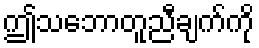
ဤသဘောတူညီချက်ကို